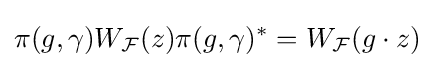
\pi (g,\gamma )W_{\mathcal {F}}(z)\pi (g,\gamma )^{*}=W_{\mathcal {F}}(g\cdot z)